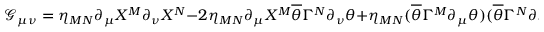
\mathcal { G } _ { \mu \nu } = \eta _ { M N } \partial _ { \mu } X ^ { M } \partial _ { \nu } X ^ { N } - 2 \eta _ { M N } \partial _ { \mu } X ^ { M } \overline { { { \theta } } } \Gamma ^ { N } \partial _ { \nu } \theta + \eta _ { M N } ( \overline { { { \theta } } } \Gamma ^ { M } \partial _ { \mu } \theta ) ( \overline { { { \theta } } } \Gamma ^ { N } \partial _ { \nu } \theta )